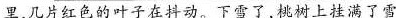
\underline{里几片红色的叶子在抖动。}下雪了，桃树上挂满了雪